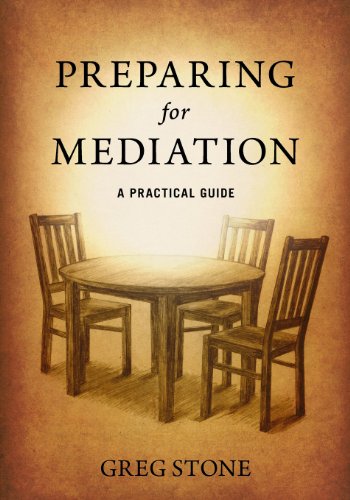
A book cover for Preparing for Mediation: A Practical Guide; Greg D Stone; Law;